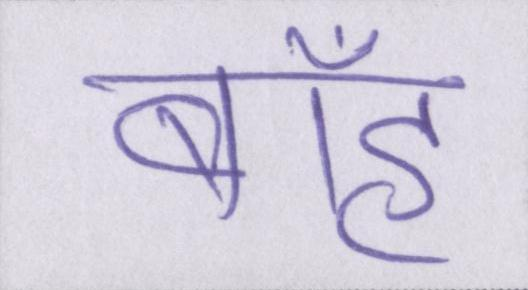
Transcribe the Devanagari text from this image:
बाँह